Lunatic asylums Central Provinces reports 1895-1909 - 1895-1909
Year: 1895
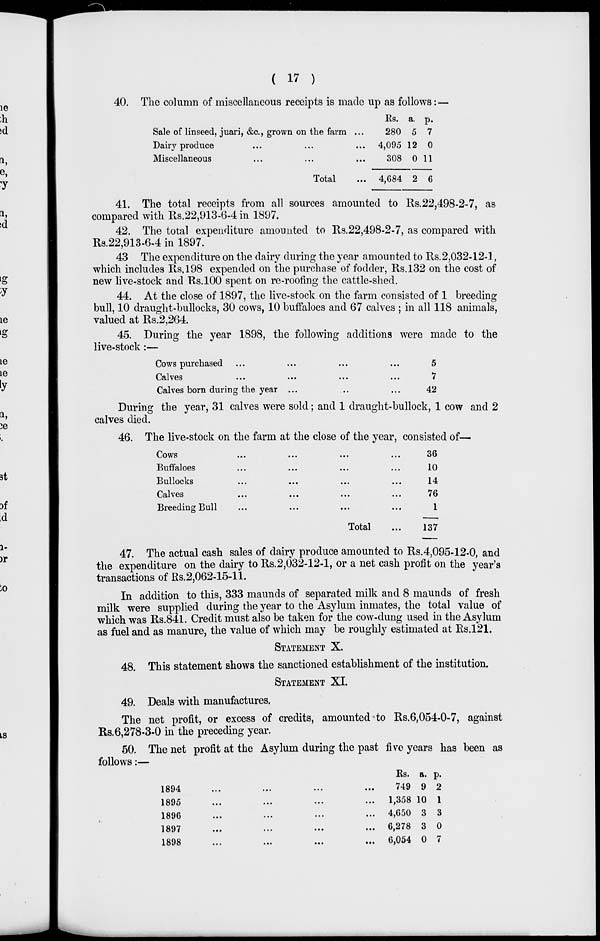
( 17 )
40. The column of miscellaneous receipts is made up as follows: —
Sale of linseed, juari, &c., grown on the farm ...
Dairy produce ... ... ...
Miscellaneous ... ... ...
Total ...
Rs.
280
4,095
308
4,684
a.
5
12
0
2
p.
7
0
11
6
41. The total receipts from all sources amounted to Rs.22,498-2-7, as
compared with Rs.22,913-6-4 in 1897.
42. The total expenditure amounted to Rs.22,498-2-7, as compared with
Rs.22,913-6-4 in 1897.
43 The expenditure on the dairy during the year amounted to Rs.2,032-12-1,
which includes Rs.198 expended on the purchase of fodder, Rs.132 on the cost of
new live-stock and R.s.100 spent on re-roofing the cattle-shed.
44. At the close of 1897, the live-stock on the farm consisted of 1 breeding
bull, 10 draught-bullocks, 30 cows, 10 buffaloes and 67 calves ; in all 118 animals,
valued at Rs.2,264.
45. During the year 1898, the following additions were made to the
live stock:–
Cows purchased ... ... ... ... ...
Calves
...
...
...
...
...
...
Calves born during the year ... ... ...
5
7
42
During the year, 31 calves were sold; and 1draught-bullock, 1 cow and 2
calves died.
46. The live-stock on the farm at the close of the year, consisted of—
Cows ... ... ... ...
Buffaloes ... ... ... ...
Bullocks ... ... ... ...
Calves ... ... ... ...
Breeding Bull ... ... ... ...
Total ...
36
10
14
76
1
137
47. The actual cash sales of dairy produce amounted to Rs.4,095-12-0, and
the expenditure on the dairy to Rs.2,032-12-1, or a net cash profit on the year's
transactions of Rs. 2,062-15-11.
In addition to this, 333 maunds of separated milk and 8 maunds of fresh
milk were supplied during the year to the Asylum inmates, the total value of
which was Rs.841. Credit must also be taken for the cow-dung used in the Asylum
as fuel and as manure, the value of which may be roughly estimated at Rs.121.
STATEMENT X.
48. This statement shows the sanctioned establishment of the institution.
STATEMENT XI.
49. Deals with manufactures.
The net profit, or excess of credits, amounted to Rs.6,054-0-7, against
Rs.6,278-3-0 in the preceding year.
50. The net profit at the Asylum during the past five years has been as
follows:—
1894
...
...
...
...
1895
...
...
...
...
1896 ... ... ... ...
1897
...
...
...
...
1898 ... ... ... ...
Rs.
749
1,358
4,650
6,278
6,054
a.
9
10
3
3
0
p.
2
1
3
0
7